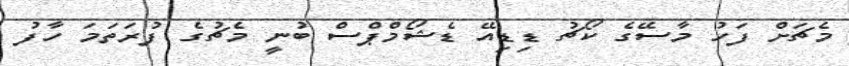
މެޗަށް ފަހު މާސޭގެ ކޯޗު ޑިޑިއޭ ޑެޝޯމްޕްސް ބުނީ މެޗުގެ ފުރަތަމަ ހާފު